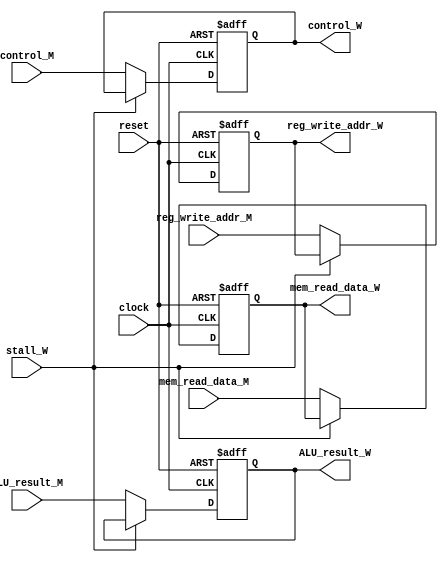
`timescale 1ns / 1ps

module MEM_WB(
    input clock,
    input reset,
    input stall_W,
    
    input [31:0] ALU_result_M,
    input [31:0] mem_read_data_M,
    input [4:0] reg_write_addr_M,
    input [1:0] control_M,
    
    output reg [31:0] ALU_result_W,
    output reg [31:0] mem_read_data_W,
    output reg [4:0] reg_write_addr_W,
    output reg [1:0] control_W
    );
    
    always @(posedge clock or negedge reset) begin
    
        if(reset == 1'b0) begin
            ALU_result_W <= 32'd0;
            mem_read_data_W <= 32'd0;
            reg_write_addr_W <= 5'd0;
            control_W <= 12'd0;
            
        end else if(stall_W == 1'b0) begin
            ALU_result_W <= ALU_result_M;
            mem_read_data_W <= mem_read_data_M;
            reg_write_addr_W <= reg_write_addr_M;
            control_W <= control_M;  
        end 
        
     end
     
endmodule